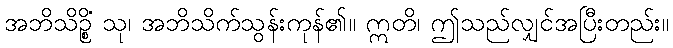
အဘိသိဉ္စိံ သု၊ အဘိသိက်သွန်းကုန်၏။ ဣတိ၊ ဤသည်လျှင်အပြီးတည်း။